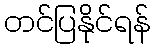
တင်ပြနိုင်ရန်